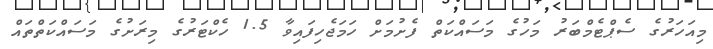
މިއަހަރުގެ ސެޕްޓެމްބަރު މަހުގެ މަސައްކަތް ފެށުމަށް ހަމަޖެހިފައިވާ 1.5 ހެކްޓަރުގެ މިރަށުގެ މަސައްކަތްތައް